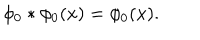
LaTeX: \phi _ { 0 } * \phi _ { 0 } ( x ) = \phi _ { 0 } ( x ) .